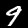
Digit: 9